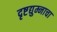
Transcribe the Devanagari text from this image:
दृष्टद्युम्नाचा